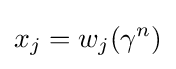
x_{j}=w_{j}(\gamma ^{n})